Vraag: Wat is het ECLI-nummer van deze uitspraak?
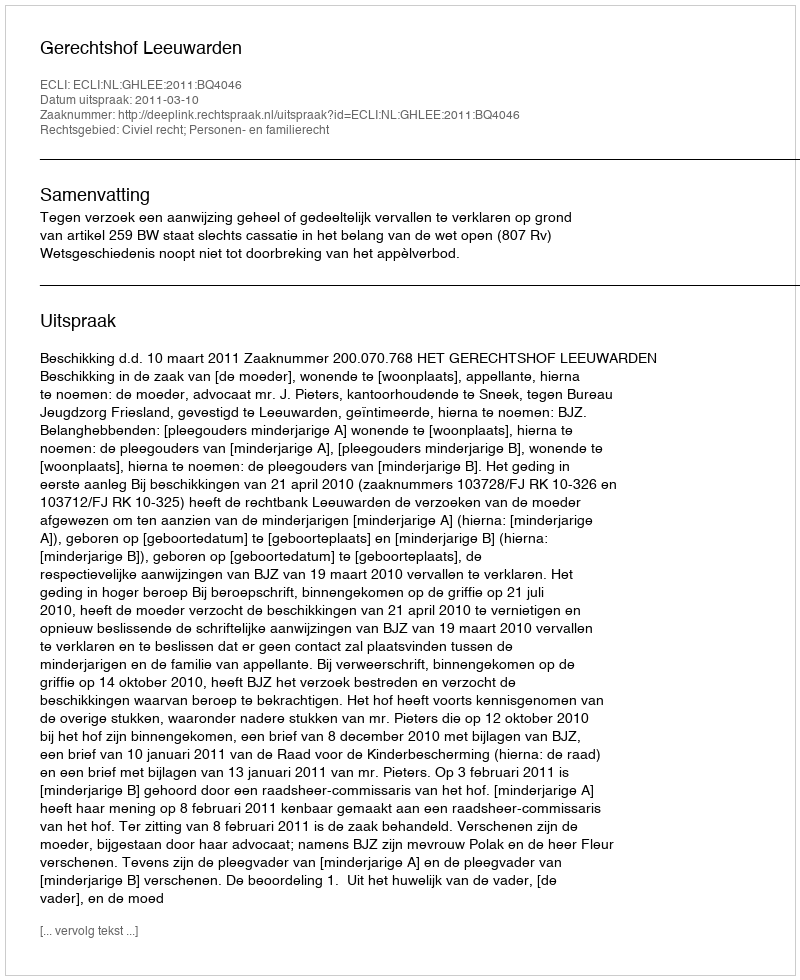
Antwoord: ECLI:NL:GHLEE:2011:BQ4046